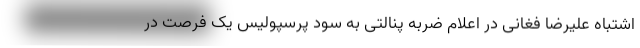
اشتباه علیرضا فغانی در اعلام ضربه پنالتی به سود پرسپولیس یک فرصت در